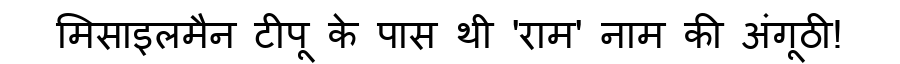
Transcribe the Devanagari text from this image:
मिसाइलमैन टीपू के पास थी 'राम' नाम की अंगूठी!